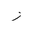
Letter: _zay